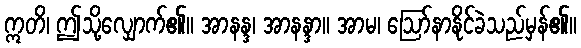
ဣတိ၊ ဤသို့လျှောက်၏။ အာနန္ဒ၊ အာနန္ဒာ။ အာမ၊ ဩော်နာနိုင်ခဲသည်မှန်၏။